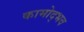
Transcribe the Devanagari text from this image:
कामोद्भव